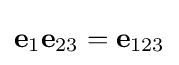
\mathbf {e} _{1}\mathbf {e} _{23}=\mathbf {e} _{123}